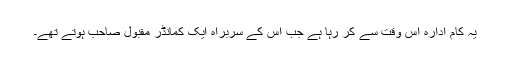
یہ کام ادارہ اس وقت سے کر رہا ہے جب اس کے سربراہ ایک کمانڈر مقبول صاحب ہوتے تھے۔